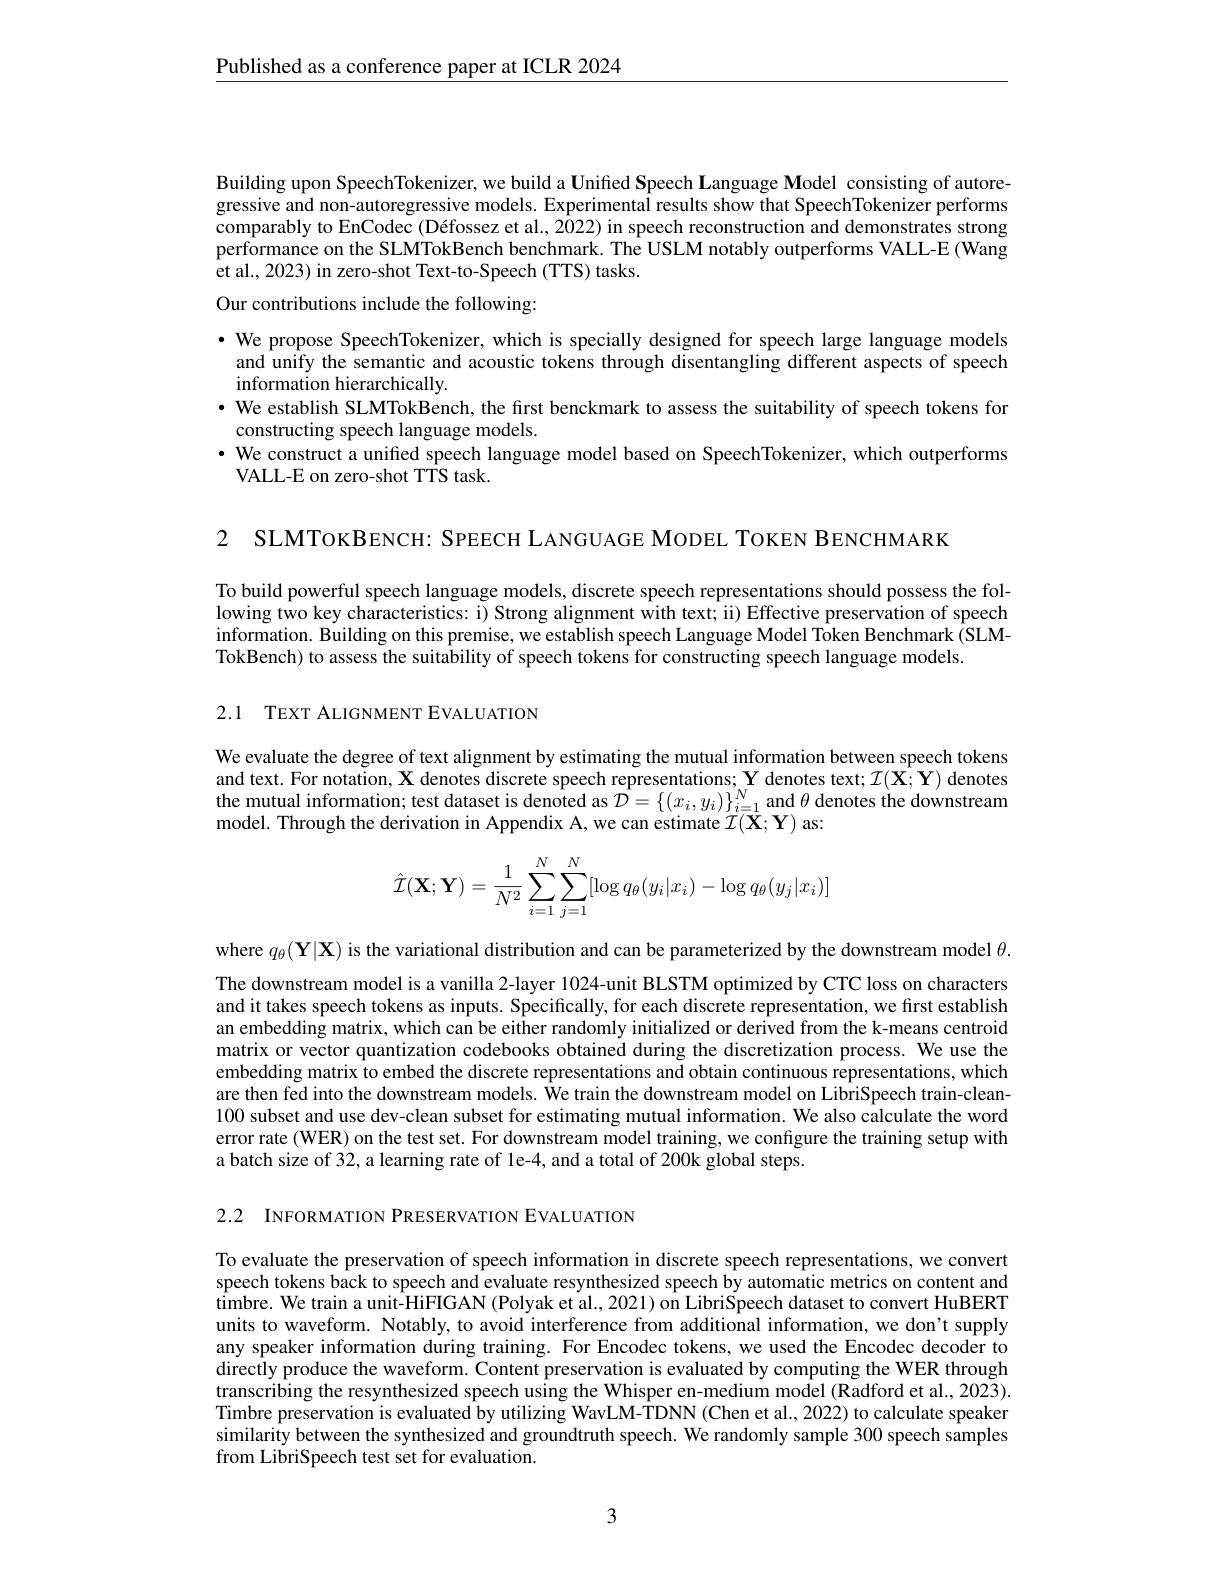
$\underline{\text{Published as a conference paper at ICLR 2024}}$

Building upon SpeechTokenizer, we build a Unified Speech Language Model consisting of autoregressive and non-autoregressive models. Experimental results show that SpeechTokenizer performs comparably to EnCodec (Défossez et al., 2022) in speech reconstruction and demonstrates strong performance on the SLMTokBench benchmark. The USLM notably outperforms VALL-E (Wang et al., 2023) in zero-shot Text-to-Speech (TTS) tasks.

Our contributions include the following:

·We propose SpeechTokenizer, which is specially designed for speech large language models and unify the semantic and acoustic tokens through disentangling different aspects of speech information hierarchically.
· We establish SLMTokBench, the first benckmark to assess the suitability of speech tokens for
constructing speech language models.
$\bullet$ We construct a unified speech language model based on SpeechTokenizer, which outperforms
VALL-E on zero-shot TTS task.

2 SLMToкВЕNCH: SPEECH LANGUAGE MODEL TOKEN BENCHMARK

To build powerful speech language models, discrete speech representations should possess the following two key characteristics: i) Strong alignment with text; ii) Effective preservation of speech information. Building on this premise, we establish speech Language Model Token Benchmark ( SLM- ) Trlaprah TokBench) to assess the suitability of speech tokens for constructing speech language models.

2.1 TEXT ALIGNMENT EVALUATION

We evaluate the degree of text alignment by estimating the mutual information between speech tokens and text. For notation, $\mathbf{X}$ denotes discrete speech representations; $\mathbf{Y}$ denotes text; $\mathcal{I}(\mathbf{X};\mathbf{Y})$ denotes the mutual information; test dataset is denoted as $\mathcal{D}=\{(x_i,y_i)\}_{i=1}^N$ and $\theta$ denotes the downstream model. Through the derivation in Appendix A, we can estimate $\mathcal{I}(\mathbf{X};\mathbf{Y})$ as:
$$\hat{\mathcal{I}}(\mathbf{X};\mathbf{Y})=\frac{1}{N^2}\sum_{i=1}^N\sum_{j=1}^N[\log q_\theta(y_i|x_i)-\log q_\theta(y_j|x_i)]$$
where $q_\theta(\mathbf{Y}|\mathbf{X})$ is the variational distribution and can be parameterized by the downstream model $\theta.$ The downstream model is a vanilla 2-layer 1024-unit BLSTM optimized by CTC loss on characters and it takes speech tokens as inputs. Specifically, for each discrete representation, we first establish an embedding matrix, which can be either randomly initialized or derived from the k-means centroid matrix or vector quantization codebooks obtained during the discretization process. We use the embedding matrix to embed the discrete representations and obtain continuous representations, which are then fed into the downstream models. We train the downstream model on LibriSpeech train-clean- 100 subset and use dev-clean subset for estimating mutual information. We also calculate the word error rate (WER) on the test set. For downstream model training, we configure the training setup with a batch size of 32, a learning rate of le-4, and a total of 200k global steps.

2.2 INFORMATION PRESERVATION EVALUATION

To evaluate the preservation of speech information in discrete speech representations, we convert speech tokens back to speech and evaluate resynthesized speech by automatic metrics on content and timbre. We train a unit-HiFIGAN (Polyak et al., 2021) on LibriSpeech dataset to convert HuBERT units to waveform. Notably, to avoid interference from additional information, we don't supply any speaker information during training. For Encodec tokens, we used the Encodec decoder to directly produce the waveform. Content preservation is evaluated by computing the WER through transcribing the resynthesized speech using the Whisper en-medium model (Radford et al., 2023). Timbre preservation is evaluated by utilizing WavLM-TDNN (Chen et al., 2022) to calculate speaker similarity between the synthesized and groundtruth speech. We randomly sample 300 speech samples from LibriSpeech test set for evaluation.

3